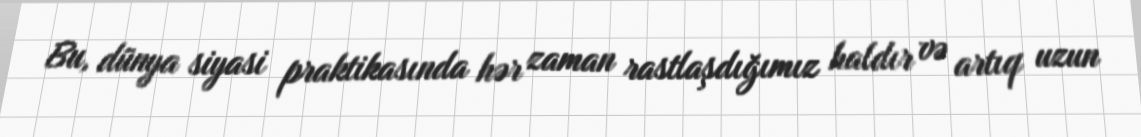
Bu, dünya siyasi praktikasında hər zaman rastlaşdığımız haldır və artıq uzun